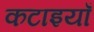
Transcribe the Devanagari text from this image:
कटाइयाँ